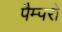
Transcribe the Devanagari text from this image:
पैम्परो